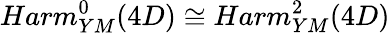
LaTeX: Harm_{YM}^{0}(4D)\cong Harm_{YM}^{2}(4D)